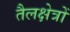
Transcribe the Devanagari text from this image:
तैलक्षेत्रों